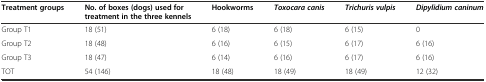
<table><thead><tr><td><b>Treatment groups</b></td><td><b>No. of boxes (dogs) used for treatment in the three kennels</b></td><td><b>Hookworms</b></td><td><b><i>Toxocara canis</i></b></td><td><b><i>Trichuris vulpis</i></b></td><td><b><i>Dipylidium caninum</i></b></td></tr></thead><tbody><tr><td>Group T1</td><td>18 (51)</td><td>6 (18)</td><td>6 (18)</td><td>6 (15)</td><td>0</td></tr><tr><td>Group T2</td><td>18 (48)</td><td>6 (16)</td><td>6 (15)</td><td>6 (17)</td><td>6 (16)</td></tr><tr><td>Group T3</td><td>18 (47)</td><td>6 (14)</td><td>6 (16)</td><td>6 (17)</td><td>6 (16)</td></tr><tr><td>TOT</td><td>54 (146)</td><td>18 (48)</td><td>18 (49)</td><td>18 (49)</td><td>12 (32)</td></tr></tbody></table>